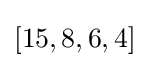
[15,8,6,4]